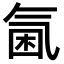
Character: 𣱣